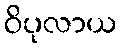
ဝိပုလာယ